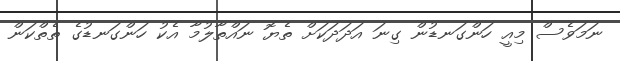
ނަމަވެސް މިއީ ހަންގަނޑުން ގިނަ އަދަދަކަށް ތެޔޮ ނައްތާލުމާ އެކު ހަންގަނޑުގެ ތެތްކަން